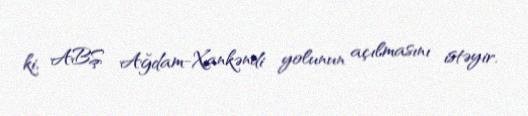
ki, ABŞ Ağdam-Xankəndi yolunun açılmasını istəyir.